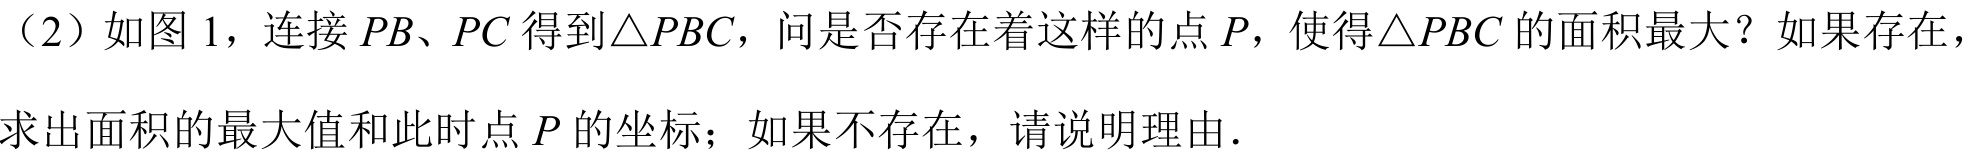
（2）如图1，连接\(PB\)、\(PC\)得到\(\triangle PBC\)，问是否存在着这样的点\(P\)，使得\(\triangle PBC\)的面积最大？如果存在，求出面积的最大值和此时点\(P\)的坐标；如果不存在，请说明理由.